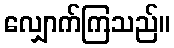
လျှောက်ကြသည်။